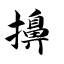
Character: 擤